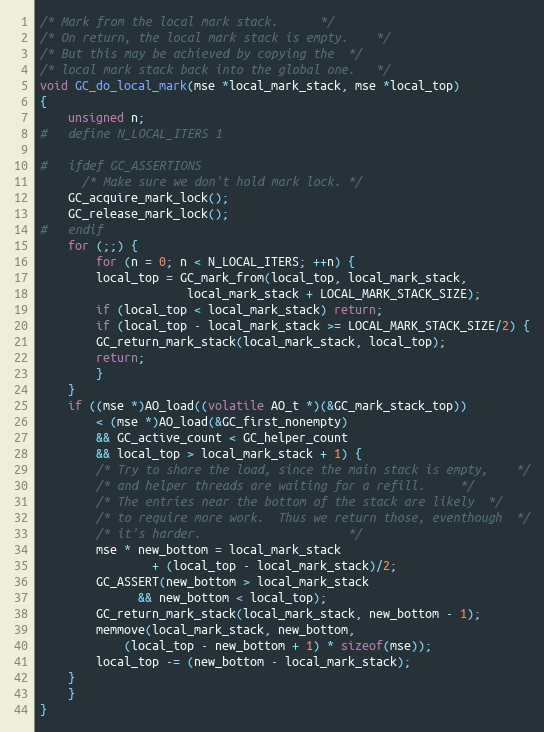
Language: C
/* Mark from the local mark stack.		*/
/* On return, the local mark stack is empty.	*/
/* But this may be achieved by copying the	*/
/* local mark stack back into the global one.	*/
void GC_do_local_mark(mse *local_mark_stack, mse *local_top)
{
    unsigned n;
#   define N_LOCAL_ITERS 1

#   ifdef GC_ASSERTIONS
      /* Make sure we don't hold mark lock. */
	GC_acquire_mark_lock();
	GC_release_mark_lock();
#   endif
    for (;;) {
        for (n = 0; n < N_LOCAL_ITERS; ++n) {
	    local_top = GC_mark_from(local_top, local_mark_stack,
				     local_mark_stack + LOCAL_MARK_STACK_SIZE);
	    if (local_top < local_mark_stack) return;
	    if (local_top - local_mark_stack >= LOCAL_MARK_STACK_SIZE/2) {
		GC_return_mark_stack(local_mark_stack, local_top);
		return;
	    }
	}
	if ((mse *)AO_load((volatile AO_t *)(&GC_mark_stack_top))
	    < (mse *)AO_load(&GC_first_nonempty)
	    && GC_active_count < GC_helper_count
	    && local_top > local_mark_stack + 1) {
	    /* Try to share the load, since the main stack is empty,	*/
	    /* and helper threads are waiting for a refill.		*/
	    /* The entries near the bottom of the stack are likely	*/
	    /* to require more work.  Thus we return those, eventhough	*/
	    /* it's harder.						*/
	    mse * new_bottom = local_mark_stack
				+ (local_top - local_mark_stack)/2;
	    GC_ASSERT(new_bottom > local_mark_stack
		      && new_bottom < local_top);
	    GC_return_mark_stack(local_mark_stack, new_bottom - 1);
	    memmove(local_mark_stack, new_bottom,
		    (local_top - new_bottom + 1) * sizeof(mse));
	    local_top -= (new_bottom - local_mark_stack);
	}
    }
}